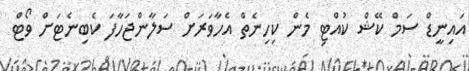
އައިނީޑް ސަމް ކޭޝް ކުއްޓި މެން ކިހިނެތް އެހާވަރަށް ސަލާންޖަހާފަ ކެބިނެޓަށް ވޯޓް